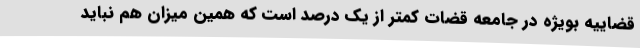
قضاییه بویژه در جامعه قضات کمتر از یک درصد است که همین میزان هم نباید